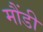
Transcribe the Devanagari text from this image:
मौंडी